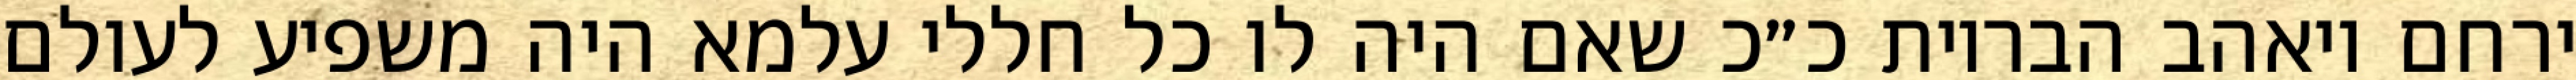
ירחם ויאהב הבריות כ״כ שאם היה לו כל חללי עלמא היה משפיע לעולם